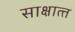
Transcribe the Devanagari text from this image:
साक्षात्‍त